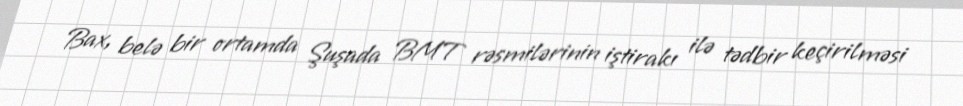
Bax, belə bir ortamda Şuşada BMT rəsmilərinin iştirakı ilə tədbir keçirilməsi